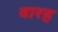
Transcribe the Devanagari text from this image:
वारह